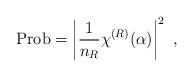
LaTeX: \begin{align*}{\rm Prob}= \left|{1\over n_R}\chi^{(R)}(\alpha)\right|^2~,\end{align*}